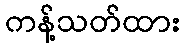
ကန့်သတ်ထား